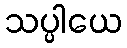
သပ္ပါယေ